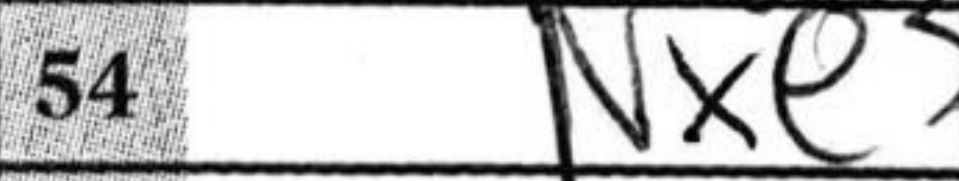
Transcription: Nxe3